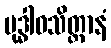
မုဒ္ဓါဝသိတ္တာနံ